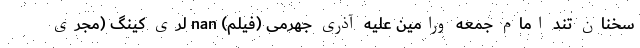
سخنان تند امام جمعه ورامین علیه آذری جهرمی (فیلم) nan لری کینگ (مجری